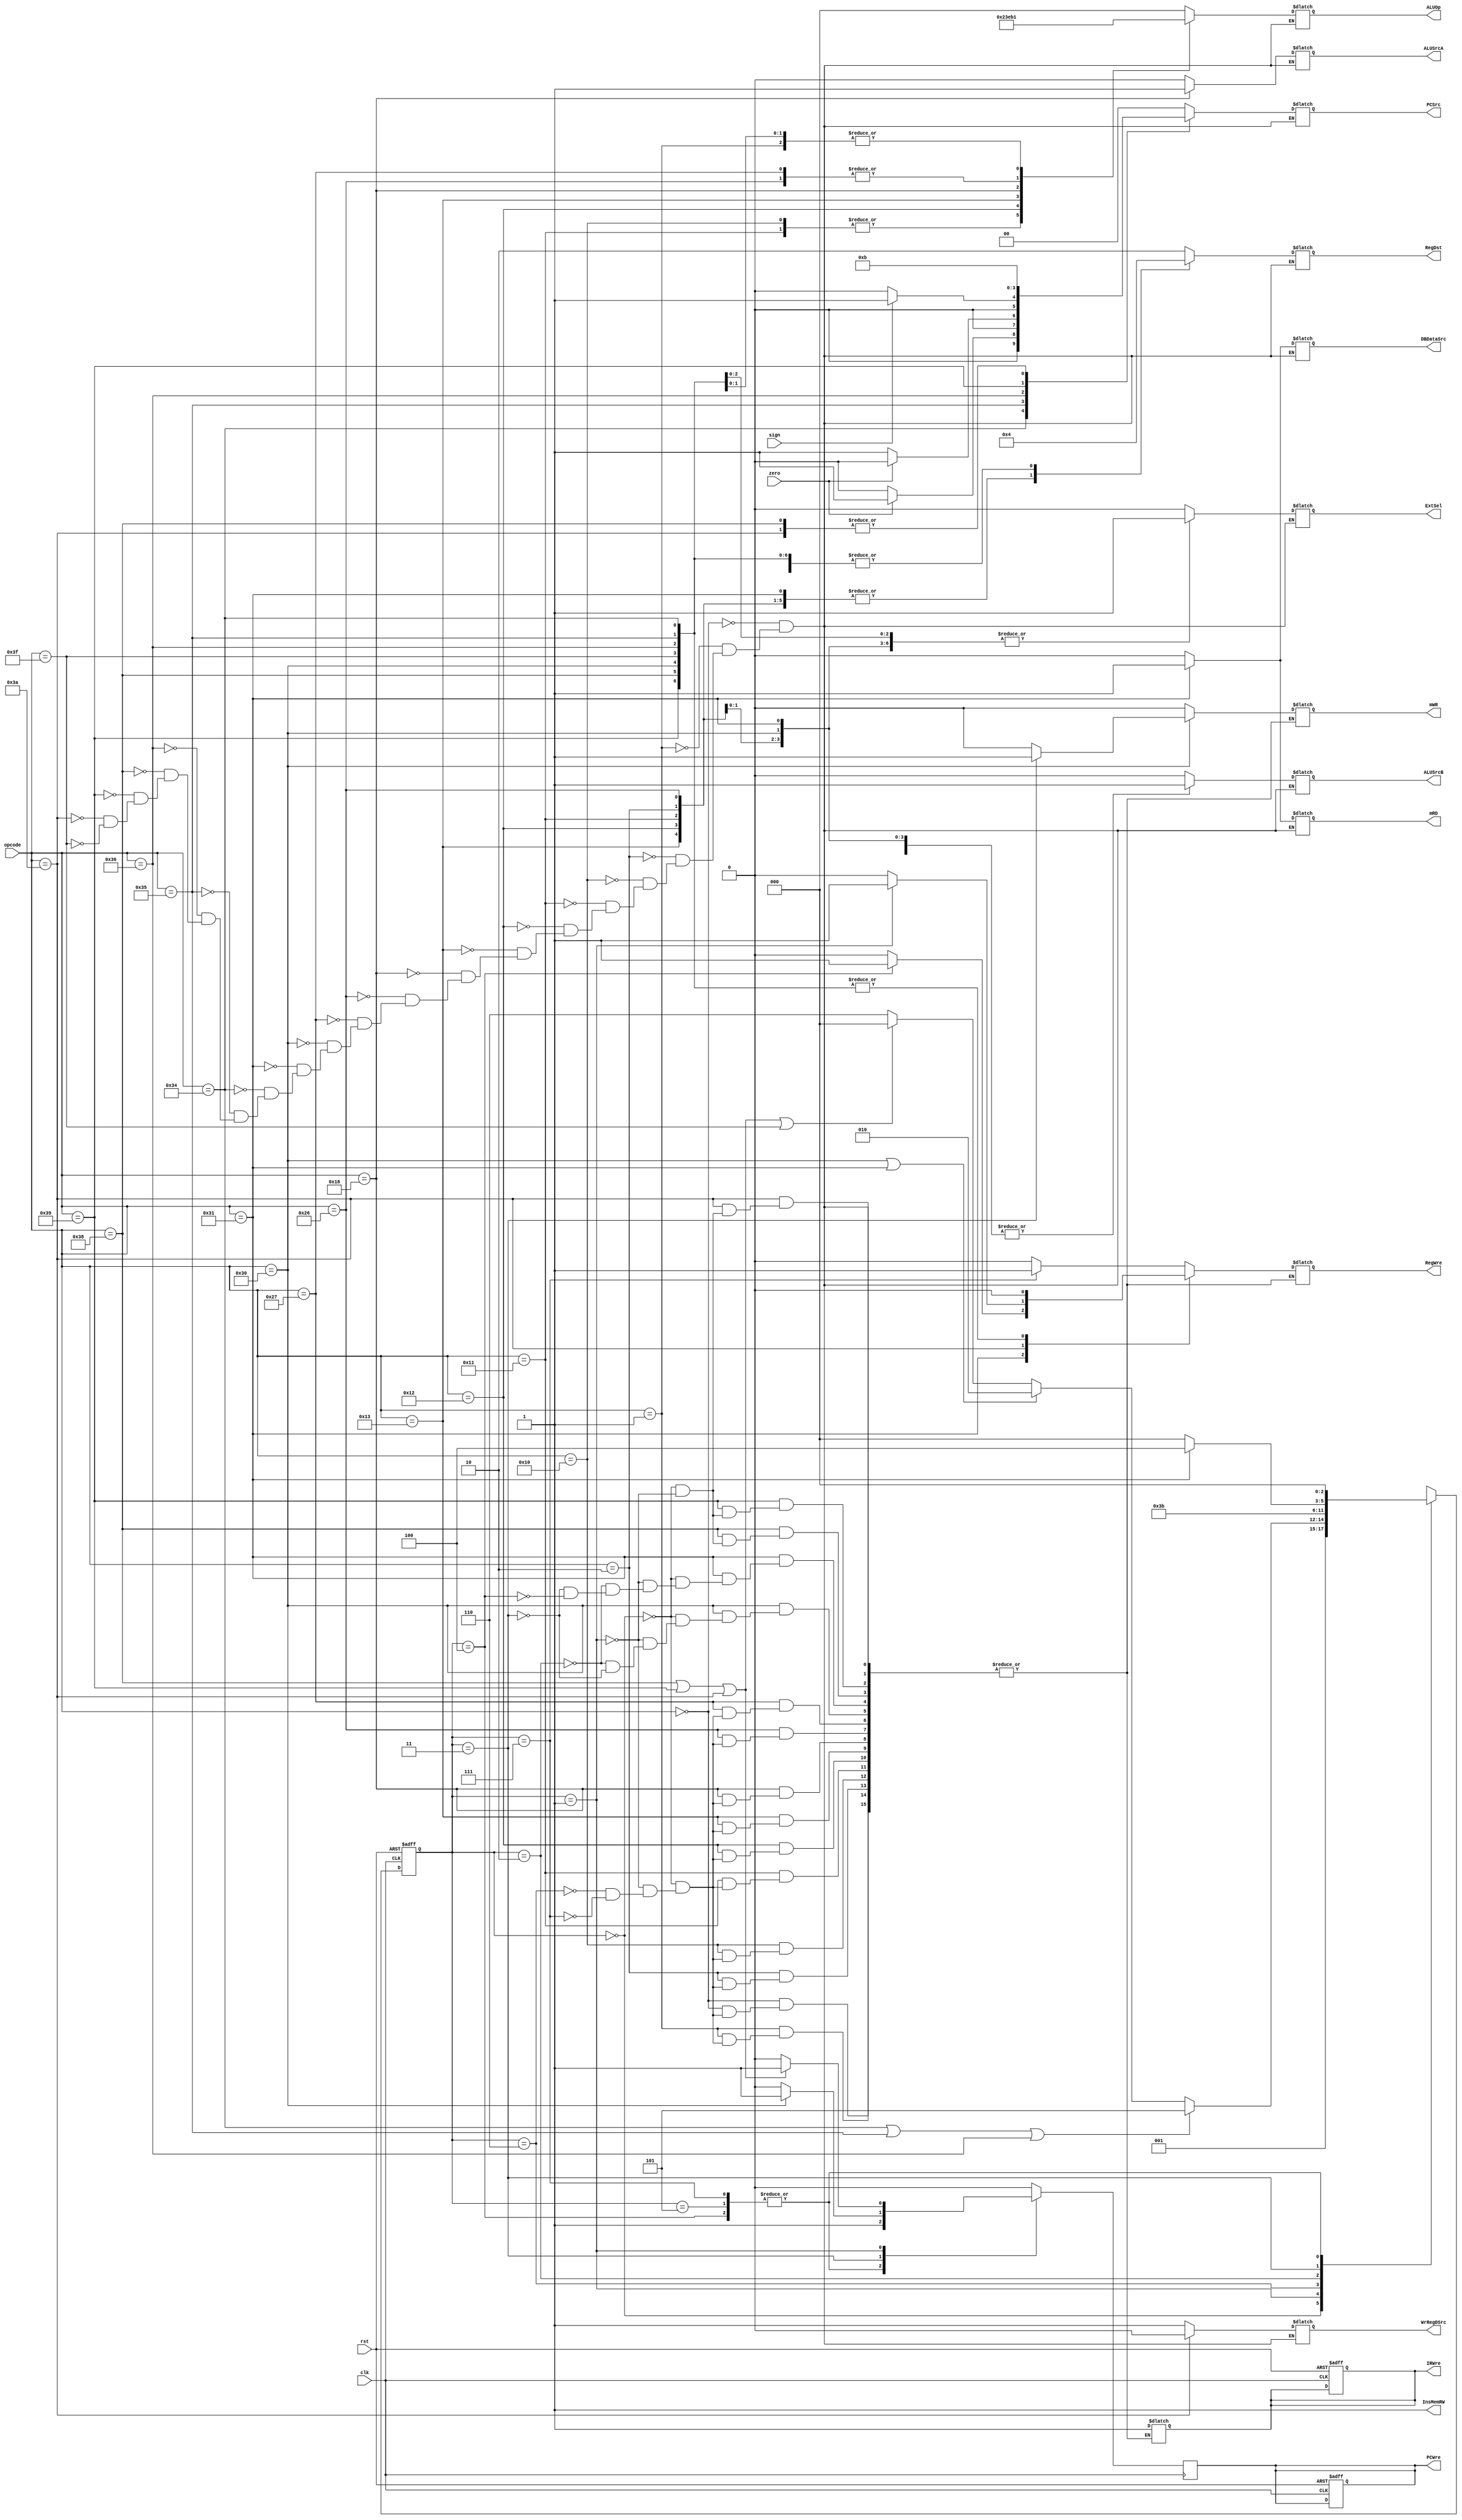
`timescale 1ns / 1ps
//////////////////////////////////////////////////////////////////////////////////
// Company: 
// Engineer: 
// 
// Design Name: 
// Module Name: ControlUnit
// Project Name: 
// Target Devices: 
// Tool Versions: 
// Description: 
// 
// Dependencies: 
// 
// Revision:
// Revision 0.01 - File Created
// Additional Comments:
// 
//////////////////////////////////////////////////////////////////////////////////


module ControlUnit(
    input clk, rst,
    input zero, sign,
    input [5:0] opcode,
    output wire InsMemRW,
    output reg PCWre, ALUSrcA, ALUSrcB, DBDataSrc, RegWre, WrRegDSrc, mRD, mWR, IRWre, ExtSel,
    output reg [1:0] PCSrc,
    output reg [1:0] RegDst,
    output reg [2:0] ALUOp
    );
    
    reg [2:0] state;
    assign InsMemRW = 1;    // 
    
    /*  */
    always @(posedge clk or negedge rst) begin
        if(rst==0) begin
            state <= 3'b000;
            PCWre <= 1;
            IRWre <= 1;
        end
        else begin
            case(state)
                3'b000: state <= 3'b001;
                3'b001: begin
                        if(opcode==6'b110100 || opcode==6'b110101 || opcode==6'b110110) state <= 3'b101;
                        else if(opcode==6'b110000 || opcode==6'b110001) state <= 3'b010;
                        else if(opcode==6'b111000 || opcode==6'b111001 || opcode==6'b111010 || opcode==6'b111111)
                            state <= 3'b000;
                        else state <= 3'b110;
                    end
                3'b110: state <= 3'b111;
                3'b010: state <= 3'b011;
                3'b011: begin
                        if(opcode==6'b110001) state <= 3'b100;
                        else state <= 3'b000;
                    end
                3'b111, 3'b101, 3'b100: state <= 3'b000;
            endcase
        end
    end
    
    /*  */
    always @(state or opcode or zero or sign) begin  // 
        case(opcode)
            6'b000000: begin  // add
                {ALUSrcA, ALUSrcB, DBDataSrc, WrRegDSrc, mRD, ExtSel, PCSrc[1:0], RegDst[1:0], ALUOp[2:0]} <= 13'b000100_00_10_000;
                case(state)
                    3'b000: {IRWre, mWR, RegWre} = 4'b100;
                    3'b001: {IRWre, mWR, RegWre} = 4'b100;
                    3'b110: {IRWre, mWR, RegWre} = 4'b100;
                    3'b111: {IRWre, mWR, RegWre} = 4'b101;
                endcase
            end
            6'b000001: begin  // sub
                {ALUSrcA, ALUSrcB, DBDataSrc, WrRegDSrc, mRD, ExtSel, PCSrc[1:0], RegDst[1:0], ALUOp[2:0]} <= 13'b000100_00_10_001;
                case(state)
                    3'b000: {IRWre, mWR, RegWre} = 4'b100;
                    3'b001: {IRWre, mWR, RegWre} = 4'b100;
                    3'b110: {IRWre, mWR, RegWre} = 4'b100;
                    3'b111: {IRWre, mWR, RegWre} = 4'b101;
                endcase
            end
            6'b000010: begin  // addiu
                {ALUSrcA, ALUSrcB, DBDataSrc, WrRegDSrc, mRD, ExtSel, PCSrc[1:0], RegDst[1:0], ALUOp[2:0]} <= 13'b010101_00_01_000;
                case(state)
                    3'b000: {IRWre, mWR, RegWre} = 4'b100;
                    3'b001: {IRWre, mWR, RegWre} = 4'b100;
                    3'b110: {IRWre, mWR, RegWre} = 4'b100;
                    3'b111: {IRWre, mWR, RegWre} = 4'b101;
                endcase
            end
            6'b010000: begin  // and
                {ALUSrcA, ALUSrcB, DBDataSrc, WrRegDSrc, mRD, ExtSel, PCSrc[1:0], RegDst[1:0], ALUOp[2:0]} <= 13'b000100_00_10_100;
                case(state)
                    3'b000: {IRWre, mWR, RegWre} = 4'b100;
                    3'b001: {IRWre, mWR, RegWre} = 4'b100;
                    3'b110: {IRWre, mWR, RegWre} = 4'b100;
                    3'b111: {IRWre, mWR, RegWre} = 4'b101;
                endcase
            end
            6'b010001: begin  // andi
                {ALUSrcA, ALUSrcB, DBDataSrc, WrRegDSrc, mRD, ExtSel, PCSrc[1:0], RegDst[1:0], ALUOp[2:0]} <= 13'b010100_00_01_100;
                case(state)
                    3'b000: {IRWre, mWR, RegWre} = 4'b100;
                    3'b001: {IRWre, mWR, RegWre} = 4'b100;
                    3'b110: {IRWre, mWR, RegWre} = 4'b100;
                    3'b111: {IRWre, mWR, RegWre} = 4'b101;
                endcase
            end
            6'b010010: begin  // ori
                {ALUSrcA, ALUSrcB, DBDataSrc, WrRegDSrc, mRD, ExtSel, PCSrc[1:0], RegDst[1:0], ALUOp[2:0]} <= 13'b010100_00_01_011;
                case(state)
                    3'b000: {IRWre, mWR, RegWre} = 4'b100;
                    3'b001: {IRWre, mWR, RegWre} = 4'b100;
                    3'b110: {IRWre, mWR, RegWre} = 4'b100;
                    3'b111: {IRWre, mWR, RegWre} = 4'b101;
                endcase
            end
            6'b010011: begin  // xori
                {ALUSrcA, ALUSrcB, DBDataSrc, WrRegDSrc, mRD, ExtSel, PCSrc[1:0], RegDst[1:0], ALUOp[2:0]} <= 13'b010100_00_01_111;
                case(state)
                    3'b000: {IRWre, mWR, RegWre} = 4'b100;
                    3'b001: {IRWre, mWR, RegWre} = 4'b100;
                    3'b110: {IRWre, mWR, RegWre} = 4'b100;
                    3'b111: {IRWre, mWR, RegWre} = 4'b101;
                endcase
            end
            6'b011000: begin  // sll
                {ALUSrcA, ALUSrcB, DBDataSrc, WrRegDSrc, mRD, ExtSel, PCSrc[1:0], RegDst[1:0], ALUOp[2:0]} <= 13'b100100_00_10_010;
                case(state)
                    3'b000: {IRWre, mWR, RegWre} = 4'b100;
                    3'b001: {IRWre, mWR, RegWre} = 4'b100;
                    3'b110: {IRWre, mWR, RegWre} = 4'b100;
                    3'b111: {IRWre, mWR, RegWre} = 4'b101;
                endcase
           end
            6'b100110: begin  // slti
                {ALUSrcA, ALUSrcB, DBDataSrc, WrRegDSrc, mRD, ExtSel, PCSrc[1:0], RegDst[1:0], ALUOp[2:0]} <= 13'b010101_00_01_110;
                case(state)
                    3'b000: {IRWre, mWR, RegWre} = 4'b100;
                    3'b001: {IRWre, mWR, RegWre} = 4'b100;
                    3'b110: {IRWre, mWR, RegWre} = 4'b100;
                    3'b111: {IRWre, mWR, RegWre} = 4'b101;
                endcase
            end
            6'b100111: begin  // slt
                {ALUSrcA, ALUSrcB, DBDataSrc, WrRegDSrc, mRD, ExtSel, PCSrc[1:0], RegDst[1:0], ALUOp[2:0]} <= 13'b000100_00_10_110;
                case(state)
                    3'b000: {IRWre, mWR, RegWre} = 4'b100;
                    3'b001: {IRWre, mWR, RegWre} = 4'b100;
                    3'b110: {IRWre, mWR, RegWre} = 4'b100;
                    3'b111: {IRWre, mWR, RegWre} = 4'b101;
                endcase
            end
            6'b110000: begin  // sw
                {ALUSrcA, ALUSrcB, DBDataSrc, WrRegDSrc, mRD, ExtSel, PCSrc[1:0], RegDst[1:0], ALUOp[2:0]} <= 13'b010101_00_00_000;
                case(state)
                    3'b000: {IRWre, mWR, RegWre} = 4'b100;
                    3'b001: {IRWre, mWR, RegWre} = 4'b100;
                    3'b010: {IRWre, mWR, RegWre} = 4'b100;
                    3'b011: {IRWre, mWR, RegWre} = 4'b110;
                endcase
            end
            6'b110001: begin  // lw
                {ALUSrcA, ALUSrcB, DBDataSrc, WrRegDSrc, mRD, ExtSel, PCSrc[1:0], RegDst[1:0], ALUOp[2:0]} <= 13'b011111_00_01_000;
                case(state)
                    3'b000: {IRWre, mWR, RegWre} = 4'b100;
                    3'b001: {IRWre, mWR, RegWre} = 4'b100;
                    3'b010: {IRWre, mWR, RegWre} = 4'b100;
                    3'b011: {IRWre, mWR, RegWre} = 4'b100;
                    3'b100: {IRWre, mWR, RegWre} = 4'b101;
                endcase
            end
            6'b110100: begin  // beq
                {ALUSrcA, ALUSrcB, DBDataSrc, WrRegDSrc, mRD, ExtSel, RegDst[1:0], ALUOp[2:0]} <= 11'b000101_00_001;
                PCSrc[1:0] <= (zero==1) ? 2'b01 : 2'b00;
                case(state)
                    3'b000: {IRWre, mWR, RegWre} = 4'b100;
                    default: {IRWre, mWR, RegWre} = 4'b100;
                endcase
            end
            6'b110101: begin  // bne
                {ALUSrcA, ALUSrcB, DBDataSrc, WrRegDSrc, mRD, ExtSel, RegDst[1:0], ALUOp[2:0]} <= 11'b000101_00_001;
                PCSrc[1:0] <= (zero==0) ? 2'b01 : 2'b00;
                case(state)
                    3'b000: {IRWre, mWR, RegWre} = 4'b100;
                    default: {IRWre, mWR, RegWre} = 4'b100;
                endcase
            end
            6'b110110: begin  // bltz
                {ALUSrcA, ALUSrcB, DBDataSrc, WrRegDSrc, mRD, ExtSel, RegDst[1:0], ALUOp[2:0]} <= 11'b000101_00_000;
                PCSrc[1:0] <= (sign==1) ? 2'b01 : 2'b00;
                case(state)
                    3'b000: {IRWre, mWR, RegWre} = 4'b100;
                    default: {IRWre, mWR, RegWre} = 4'b100;
                endcase
            end
            6'b111000: begin  // j
                {ALUSrcA, ALUSrcB, DBDataSrc, WrRegDSrc, mRD, ExtSel, PCSrc[1:0], RegDst[1:0], ALUOp[2:0]} <= 13'b000100_11_00_000;
                case(state)
                    3'b000: {IRWre, mWR, RegWre} = 4'b100;
                    3'b001: {IRWre, mWR, RegWre} = 4'b100;
                endcase
            end
            6'b111001: begin  // jr
                {ALUSrcA, ALUSrcB, DBDataSrc, WrRegDSrc, mRD, ExtSel, PCSrc[1:0], RegDst[1:0], ALUOp[2:0]} <= 13'b000100_10_00_000;
                case(state)
                    3'b000: {IRWre, mWR, RegWre} = 4'b100;
                    3'b001: {IRWre, mWR, RegWre} = 4'b100;
                endcase
            end
            6'b111010: begin  // jal
                {ALUSrcA, ALUSrcB, DBDataSrc, WrRegDSrc, mRD, ExtSel, PCSrc[1:0], RegDst[1:0], ALUOp[2:0]} <= 13'b000000_11_00_000;
                case(state)
                    3'b000: {IRWre, mWR, RegWre} = 4'b100;
                    3'b001: {IRWre, mWR, RegWre} = 4'b101;  // jalID001
                endcase
            end
            6'b111111: begin  // halt
                {ALUSrcA, ALUSrcB, DBDataSrc, WrRegDSrc, mRD, ExtSel, PCSrc[1:0], RegDst[1:0], ALUOp[2:0]} <= 13'b000100_00_00_000;
                {IRWre, mWR, RegWre} = 4'b100;
            end
        endcase
    end
    
    always @(negedge clk) begin
        case(state)
            3'b111, 3'b101, 3'b100: PCWre <= 1;
            3'b011: PCWre <= (opcode==6'b110000 ? 1 : 0);   // sw
            3'b001: PCWre <= (opcode==6'b111000||opcode==6'b111001||opcode==6'b111010 ? 1 : 0);  // j, jr, jal
            default: PCWre <= 0;
        endcase
    end
    
endmodule